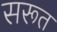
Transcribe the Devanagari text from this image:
सरूत